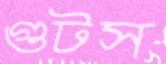
গুটস